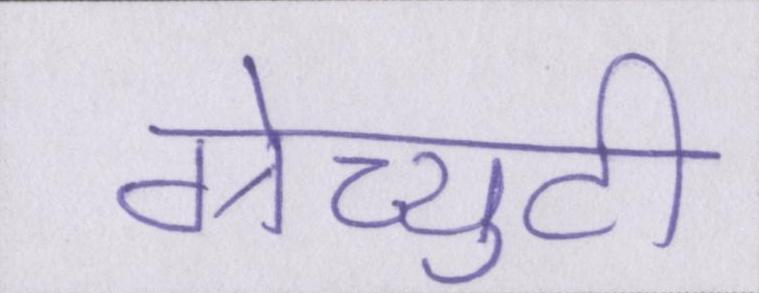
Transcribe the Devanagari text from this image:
ग्रेच्युटी